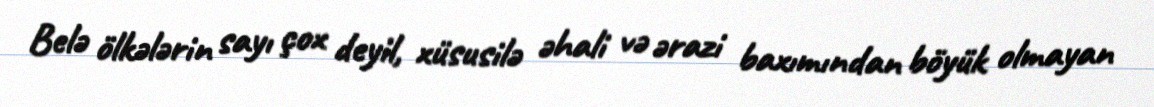
Belə ölkələrin sayı çox deyil, xüsusilə əhali və ərazi baxımından böyük olmayan